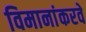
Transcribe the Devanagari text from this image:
विमानांकरवे